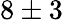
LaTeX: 8\pm 3